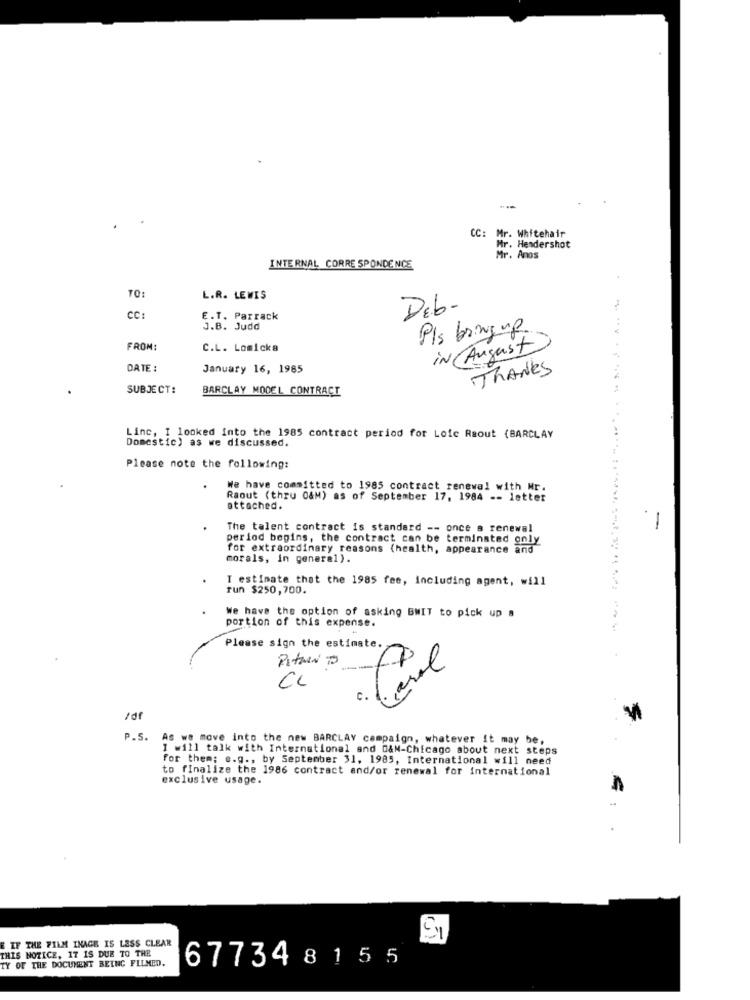
: Mr. Whitehair
Mr. Hendershot
Mr. Anos
INTERNAL CORRESPONDENCE
TO:
L.R. LEWIS
DEb-
CC:
E.T. Parrack
J.B. Judd
Pls bring up
FROM:
C.L. Lomicka
in August
DATE :
January 16, 1985
THANKS
SUBJECT:
BARCLAY MODEL CONTRACT
Linc, I looked into the 1985 contract period for Loic Raout (BARCLAY
Domestic) as we discussed.
Please note the following:
We have committed to 1985 contract renewal with Mr.
Raout (thru O&M) as of September 17, 1984 -- letter
attached.
The talent contract is standard -- once a renewal
1
period begins, the contract can be terminated only
for extraordinary reasons (health, appearance and
morals, in general).
I estimate that the 1985 fee, including agent, will
run $250,700.
We have the option of asking BWIT to pick up a
portion of this expense.
Please sign the estimate.
PaterNi TO
CL
c.
/df
P.S. As we move into the new BARCLAY campaign, whatever it may be,
I will talk with International and 0&M-Chicago about next steps
for them; e.g ., by September 31, 1985, International will need
to finalize the 1986 contract and/or renewal for international
exclusive usage.
E IF THE FILM INAGE IS LESS CLEAR
THIS NOTICE, IT IS DUE TO THE
TY OF THE DOCUMENT BEING FILMED.
677348155